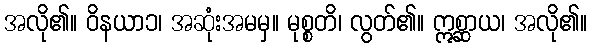
အလို၏။ ဝိနယာ၁၊ အဆုံးအမမှ။ မုစ္စတိ၊ လွတ်၏။ ဣစ္ဆာယ၊ အလို၏။